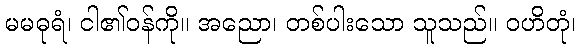
မမဓုရံ၊ ငါ၏ဝန်ကို။ အညော၊ တစ်ပါးသော သူသည်။ ဝဟိတုံ၊